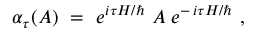
\alpha _ { \tau } ( A ) \ = \ e ^ { i \tau H / \hbar } \ A \; e ^ { - \, i \tau H / \hbar } \ ,